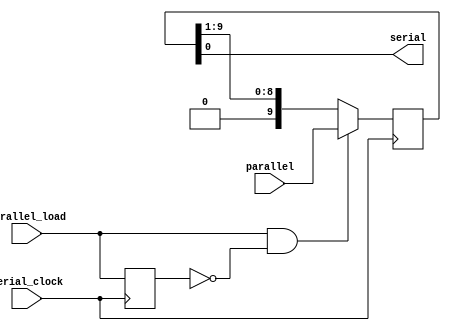
`timescale 1ns / 1ps

module tenbit_par_to_ser(
    input parallel_load,
    input serial_clock,
    input [9:0] parallel,

    output serial
);
    reg previous_parallel_load;
    reg [9:0] parallel_reg;
    assign serial = parallel_reg[0];

    always @(posedge serial_clock) begin
        if (parallel_load && !previous_parallel_load) begin
            parallel_reg <= parallel[9:0];
        end else begin
            parallel_reg <= parallel_reg >> 1;
        end

        previous_parallel_load <= parallel_load;
    end
endmodule